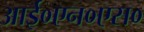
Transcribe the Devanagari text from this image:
आई०एन०एस०